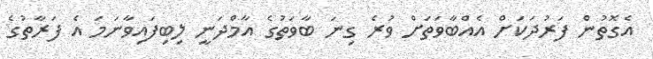
އެގޮތުން ފަރުދަކަށް އެއްބާވަތަށް ވުރެ ގިނަ ބާވަތުގެ އާމްދަނީ ލިބިފައިވާނަމަ އެ ފަރާތުގެ